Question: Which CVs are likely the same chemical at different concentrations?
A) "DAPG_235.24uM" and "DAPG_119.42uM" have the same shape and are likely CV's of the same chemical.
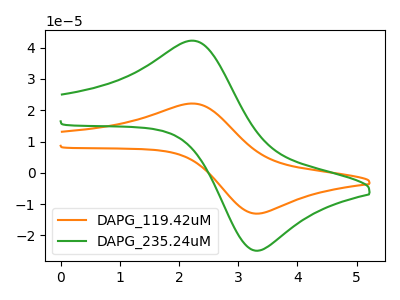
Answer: <think>The orange curve "DAPG_119.42uM" has an anodic peak at (2.20V, 22.15uA) and a cathodic peak at (3.35V, -13.05uA). The green curve "DAPG_235.24uM" has an anodic peak at (2.20V, 42.25uA) and a cathodic peak at (3.35V, -24.90uA).
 All the peaks in "DAPG_119.42uM" have a peak in "DAPG_235.24uM" at the same potential. Every peak in "DAPG_119.42uM" is lower than every peak in "DAPG_235.24uM".</think>
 <answer>A) "DAPG_235.24uM" and "DAPG_119.42uM" have the same shape and are likely CV's of the same chemical.</answer>
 <eval>A</eval>